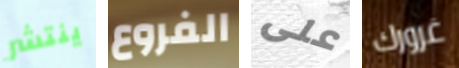
ينتشر الفروع على غرورك